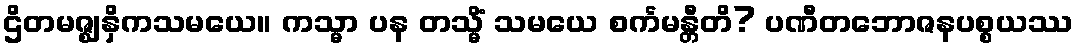
ဌိတမဇ္ဈနှိကသမယေ။ ကသ္မာ ပန တသ္မိံ သမယေ စင်္ကမန္တီတိ? ပဏီတဘောဇနပစ္စယဿ